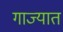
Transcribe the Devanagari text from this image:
गाज्यात